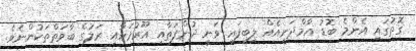
ގޮތުގައި އެންމެ ބޮޑު އާމްދަނީއެއް ލިބިފައި ވަނީ ދުންފަތާއި އޫރުމަހާއި ރަލުގެ ބާވަތްތަކުންނެވެ.